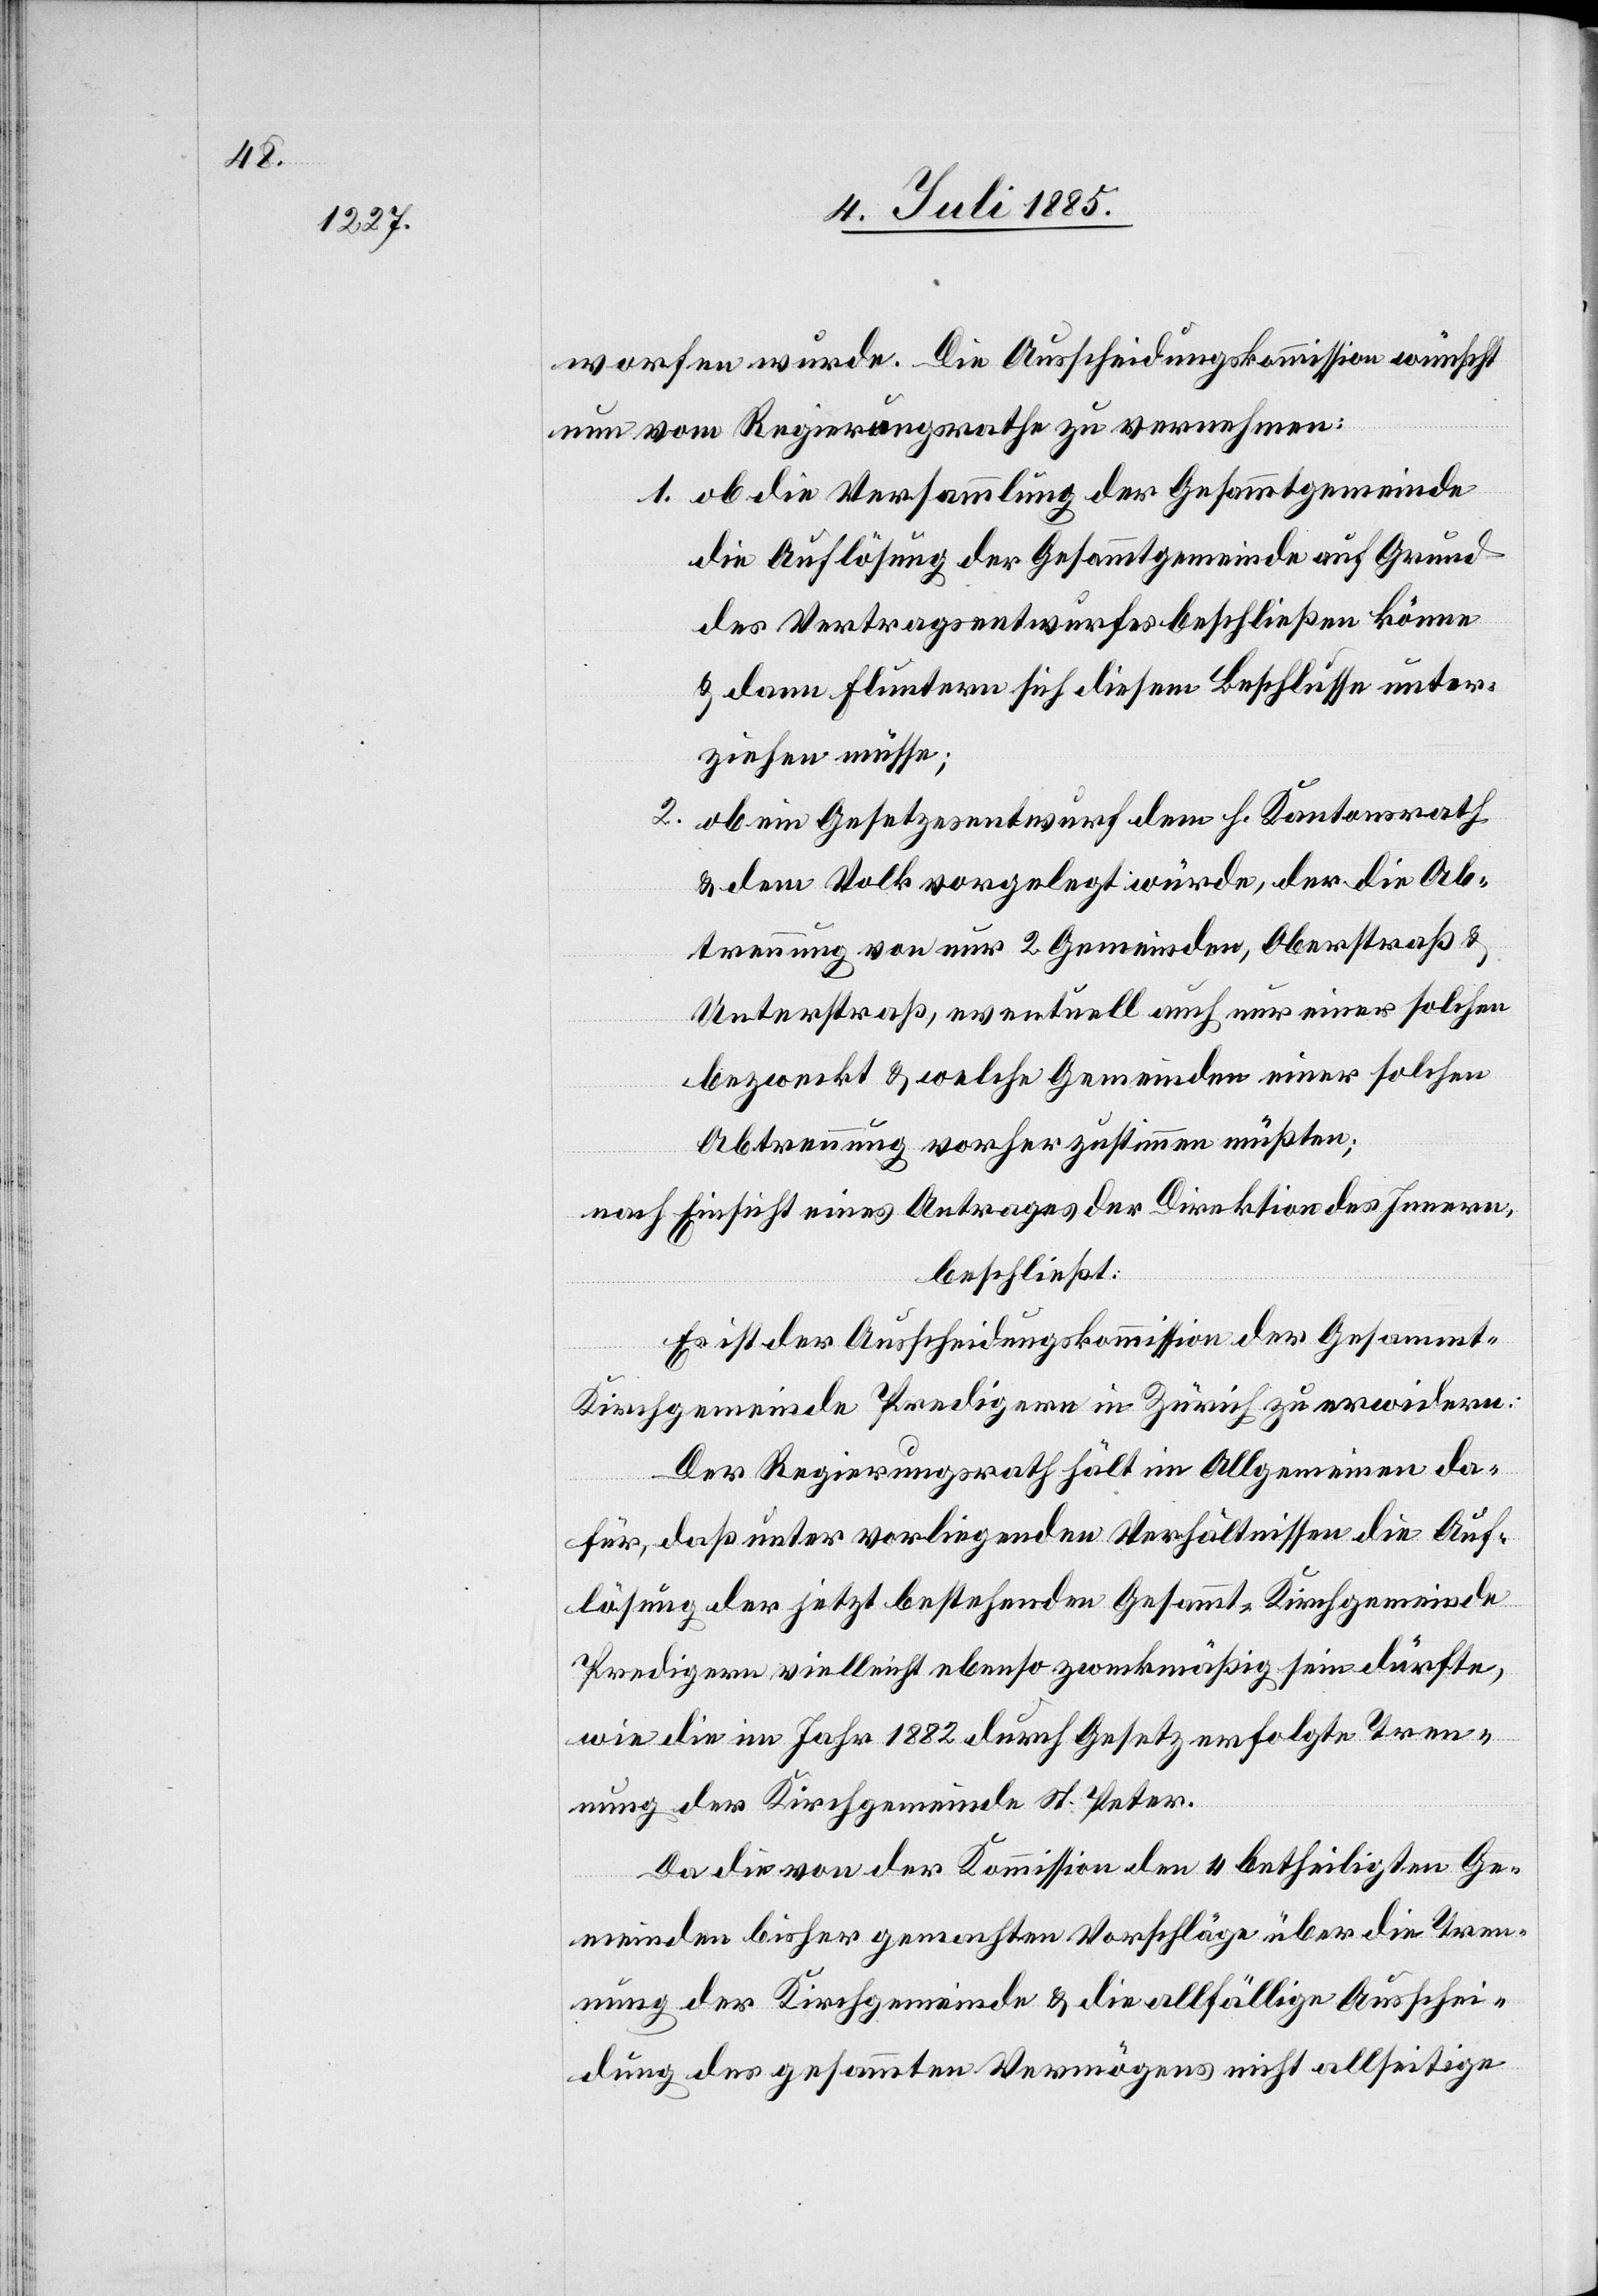
worfen wurde. Die Ausscheidungskommission wünscht
nun vom Regierungsrathe zu vernehmen:
1. ob die Versammlung der Gesammtgemeinde
die Auflösung der Gesammtgemeinde auf Grund
des Vertragsentwurfes beschließen könne
& dann Fluntern sich diesem Beschlusse unter¬
ziehen müsse;
2.
ob ein Gesetzesentwurf dem h. Kantonsrath
& dem Volk vorgelegt würde, der die Ab¬
trennung von nur 2 Gemeinden, Oberstraß &
Unterstraß, eventuell auch nur einer solchen
bezweckt & welche Gemeinden einer solchen
Abtrennung vorher zustimmen müßten;
nach Einsicht eines Antrages der Direktion des Innern,
beschließt:
Es ist der Ausscheidungskommission der Gesammt-K¬
irchgemeinde Predigern in Zürich zu erwidern:
Der Regierungsrath hält im Allgemeinen da¬
für, daß unter vorliegenden Verhältnissen die Auf¬
lösung der jetzt bestehenden Gesammt-Kirchgemeinde
Predigern vielleicht ebenso zweckmäßig sein dürfte,
wie die im Jahr 1882 durch Gesetz erfolgte Tren¬
nung der Kirchgemeinde St. Peter.
Da die von der Kommission den 4 betheiligten Ge¬
meinden bisher gemachten Vorschläge über die Tren¬
nung der Kirchgemeinde & die allfällige Ausschei¬
dung des gesammten Vermögens nicht allseitige